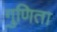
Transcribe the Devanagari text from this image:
गुणिता